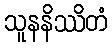
သူနနိဿိတံ